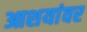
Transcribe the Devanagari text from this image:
आशयांवर